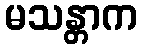
မသန္တာက